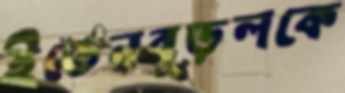
ইডেনবুড়লকে